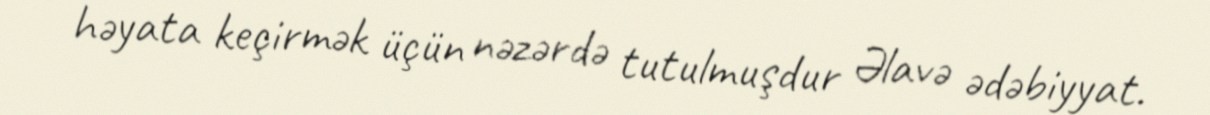
həyata keçirmək üçün nəzərdə tutulmuşdur Əlavə ədəbiyyat.